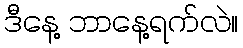
ဒီနေ့ ဘာနေ့ရက်လဲ။